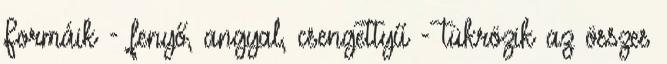
Formáik - fenyő, angyal, csengettyű - tükrözik az összes